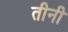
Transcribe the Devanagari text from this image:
तीनी